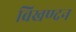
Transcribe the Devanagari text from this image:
विखण्दन